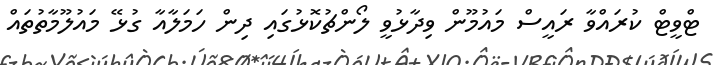
ޓްވީޓް ކުރައްވާ ރައީސް މައުމޫން ވިދާޅުވީ ލޯންޗުކޮޅުގައި ދިން ހަމަލާއާ ގުޅޭ މައުލޫމާތުތައް